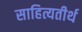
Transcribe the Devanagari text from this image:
साहित्यतीर्थ